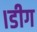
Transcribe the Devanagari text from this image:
।डीग